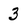
Character: 3